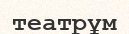
театрұм